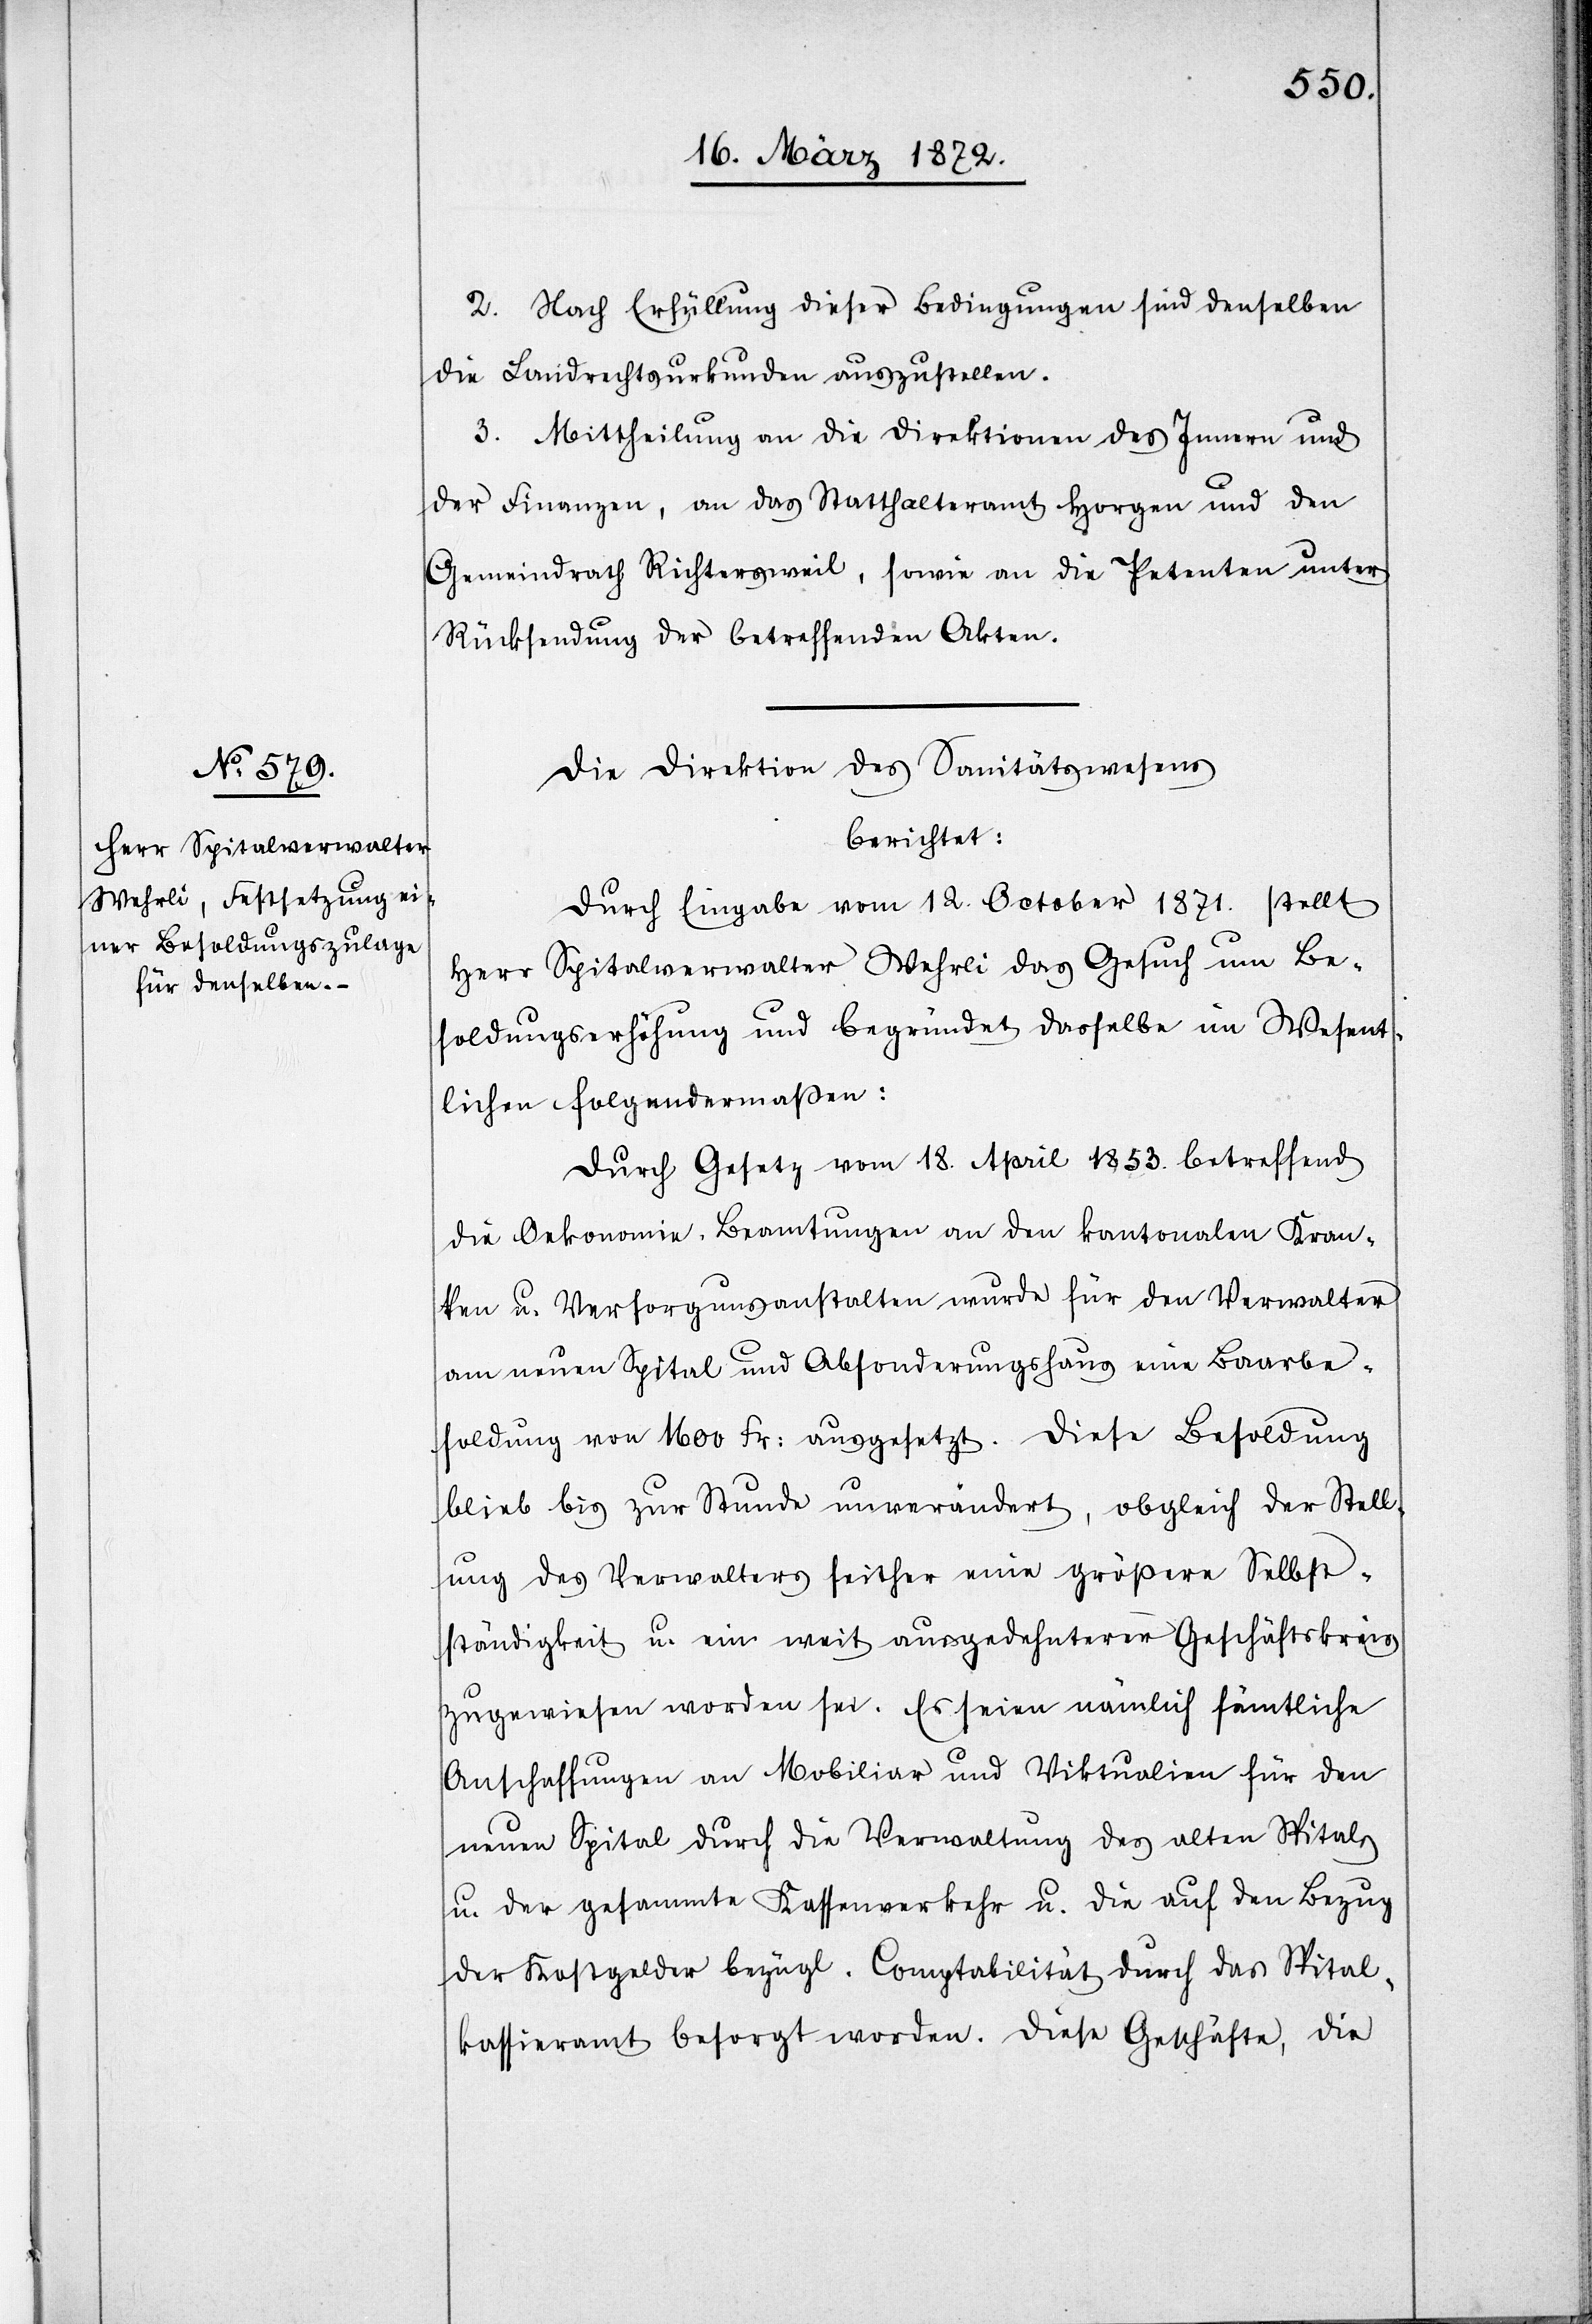
2. Nach Erfüllung dieser Bedingungen sind denselben
die Landrechtsurkunden auszustellen.
3. Mittheilung an die Direktion des Innern und
der Finanzen, an das Statthalteramt Horgen und den
Gemeindrath Richtersweil, sowie an die Petenten unter
Rücksendung der betreffenden Akten.
Die Direktion des Sanitätswesens
berichtet:
Durch Eingabe vom 12. October 1871. stellt
Herr Spitalverwalter Wehrli das Gesuch um Be¬
soldungserhöhung und begründet dasselbe im Wesent¬
lichen folgendermaßen:
Durch Gesetz vom 18. April 1853. betreffend
die Oekonomie-Beamtungen an den kantonalen Kran¬
ken[-] u. Versorgungsanstalten wurde für den Verwalter
am neuen Spital und Absonderungshaus eine Baarbe¬
soldung von 1600 Fr: ausgesetzt. Diese Besoldung
blieb bis zur Stunde unverändert, obgleich der Stell¬
ung des Verwalters seither eine größere Selbst¬
ständigkeit u. ein weit ausgedehnterer Geschäftskreis
zugewiesen worden sei. Es seien nämlich sämtliche
Anschaffungen an Mobiliar und Viktualien für den
neuen Spital durch die Verwaltung des alten Spitals
u. der gesammte Kassenverkehr u. die auf den Bezug
der Kostgelder bezügl. Comptabilität durch das Spital¬
kassieramt besorgt worden. Diese Geschäfte, die